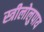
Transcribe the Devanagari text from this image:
स्त्रीलोलुपाय